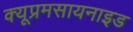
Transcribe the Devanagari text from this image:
क्यूप्रमसायनाइड